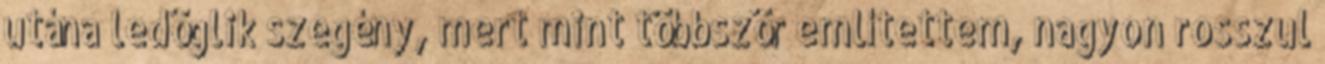
utána ledöglik szegény, mert mint többször említettem, nagyon rosszul